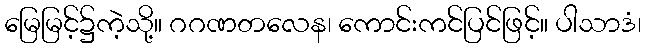
မြေမြင့်၌ကဲ့သို့။ ဂဂဏတလေန၊ ကောင်းကင်ပြင်ဖြင့်။ ပါသာဒံ၊